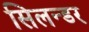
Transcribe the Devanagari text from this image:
सिलन्डर